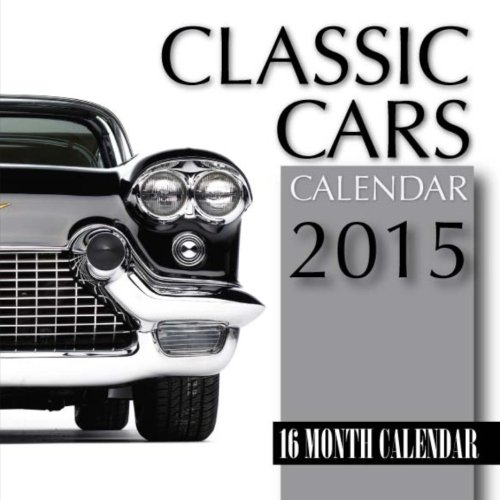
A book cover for Classic Cars Calendar 2015: 16 Month Calendar; James Bates; Calendars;